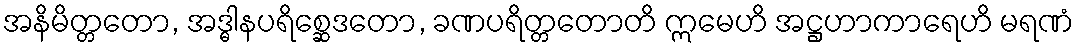
အနိမိတ္တတော, အဒ္ဓါနပရိစ္ဆေဒတော, ခဏပရိတ္တတောတိ ဣမေဟိ အဋ္ဌဟာကာရေဟိ မရဏံ